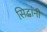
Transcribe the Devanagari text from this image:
सिद्धांनी